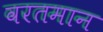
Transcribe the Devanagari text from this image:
वरतमान